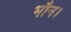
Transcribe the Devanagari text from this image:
भौन।